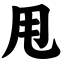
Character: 甩